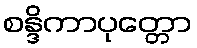
စန္ဒိကာပုတ္တော